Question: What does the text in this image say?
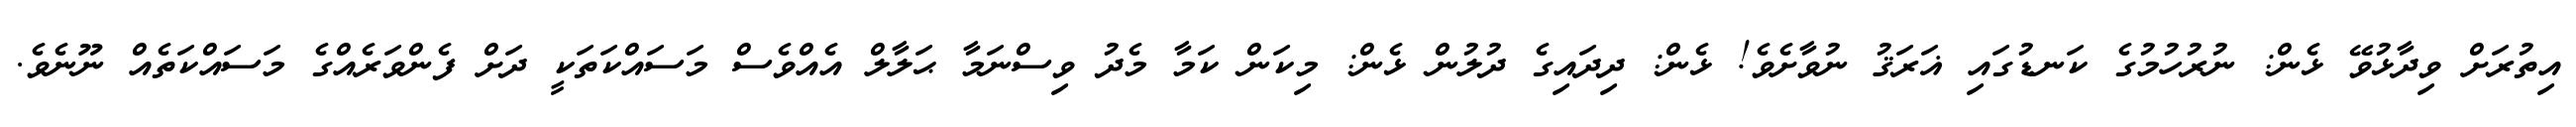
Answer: އިތުރަށް ވިދާޅުވޭ ޅެން: ނުރުހުމުގެ ކަނޑުގައި ޣަރަޤު ނުވާށެވެ! ޅެން: ދިދައިގެ ދުލުން ޅެން: މިކަން ކަމާ މެދު ވިސްނަމާ ޙަލާލް އެއްވެސް މަސައްކަތަކީ ދަށް ފެންވަރެއްގެ މަސައްކަތެއް ނޫނެވެ.